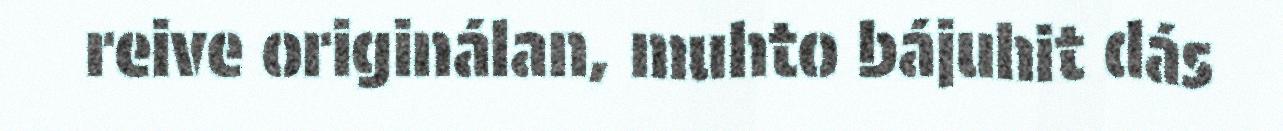
reive originálan, muhto bájuhit dás